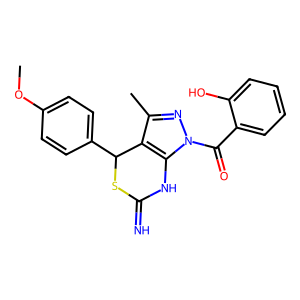
SMILES: COc1ccc(C2SC(=N)Nc3c2c(C)nn3C(=O)c2ccccc2O)cc1
Inhibits HIV replication: No